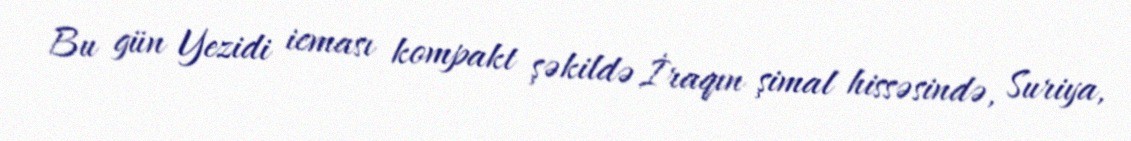
Bu gün Yezidi icması kompakt şəkildə İraqın şimal hissəsində, Suriya,